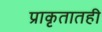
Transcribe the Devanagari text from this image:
प्राकृतातही